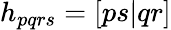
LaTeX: h_{pqrs}=[ps|qr]